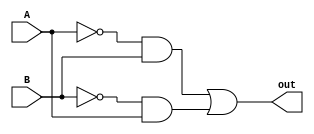
`timescale 1ns / 1ps
//////////////////////////////////////////////////////////////////////////////////
// Company: 
// Engineer: 
// 
// Design Name: 
// Module Name: xOr
// Project Name: 
// Target Devices: 
// Tool Versions: 
// Description: 
// 
// Dependencies: 
// 
// Revision:
// Revision 0.01 - File Created
// Additional Comments:
// 
//////////////////////////////////////////////////////////////////////////////////


module xorGate(
input A, input B, output out
    );
wire joA;
wire joB;
wire cout;
assign joA= ~A;
assign joB =~B;
    
    
assign out = (joA & B) | (joB & A);
endmodule